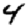
Digit: 4